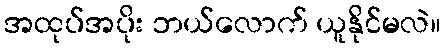
အထုပ်အပိုး ဘယ်လောက် ယူနိုင်မလဲ။